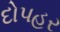
દોપહર